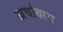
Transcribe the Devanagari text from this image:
खर्चायला